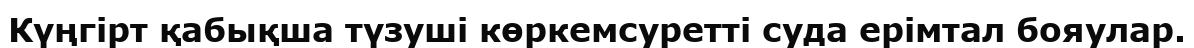
Күңгірт қабықша түзуші көркемсуретті суда ерімтал бояулар.